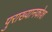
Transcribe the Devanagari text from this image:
पुराख्यानकोश